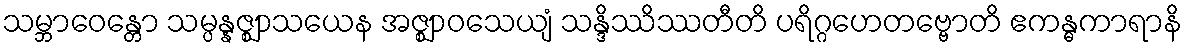
သမ္ဘာဝေန္တော သမ္ပန္နဇ္ဈာသယေန အဇ္ဈာဝသေယျံ သန္ဒိဿိဿတီတိ ပရိဂ္ဂဟေတဗ္ဗောတိ ဧကန္ဓကာရာနိ